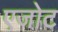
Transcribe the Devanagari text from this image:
एजोट